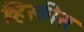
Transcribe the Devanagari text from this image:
व्हिस्कीस